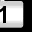
Digit: 1